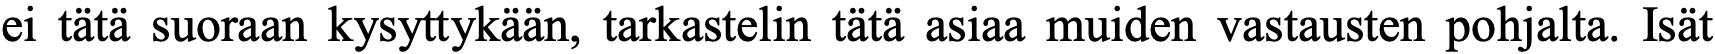
ei tätä suoraan kysyttykään, tarkastelin tätä asiaa muiden vastausten pohjalta. Isät